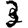
Digit: 3